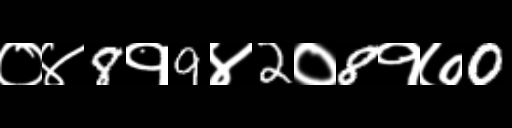
Text: ०४8१9४2०8१७0